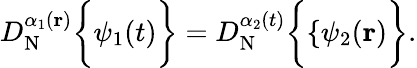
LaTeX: D_{\mathrm{N}}^{\alpha_{1}(\mathbf r)}\bigg\{ {{\mathbf\psi_{1}}(t)\bigg\} }=D_{\mathrm{N}}^{\alpha_{2}(t)}\bigg\{ {\{ {\mathbf\psi_{2}}(\mathbf r)\bigg\} }.